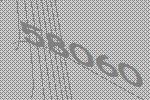
58060